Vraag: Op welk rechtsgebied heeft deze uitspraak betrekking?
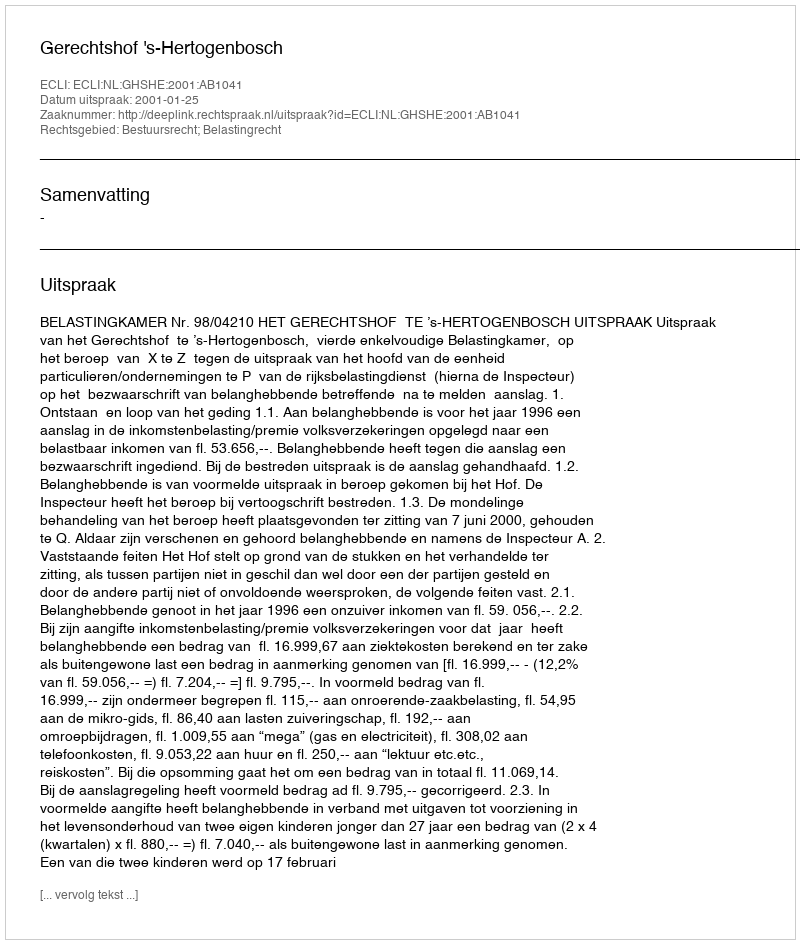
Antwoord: Bestuursrecht; Belastingrecht